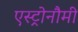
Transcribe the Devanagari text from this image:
एस्ट्रोनौमी